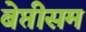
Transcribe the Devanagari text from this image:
बेप्तीसम